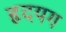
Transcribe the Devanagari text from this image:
हृदयग